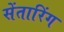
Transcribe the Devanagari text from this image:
सेंतारिंग